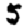
Digit: 5